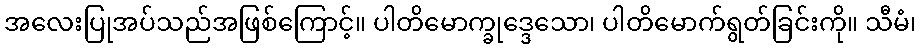
အလေးပြုအပ်သည်အဖြစ်ကြောင့်။ ပါတိမောက္ခုဒ္ဒေသော၊ ပါတိမောက်ရွတ်ခြင်းကို။ သီမံ၊